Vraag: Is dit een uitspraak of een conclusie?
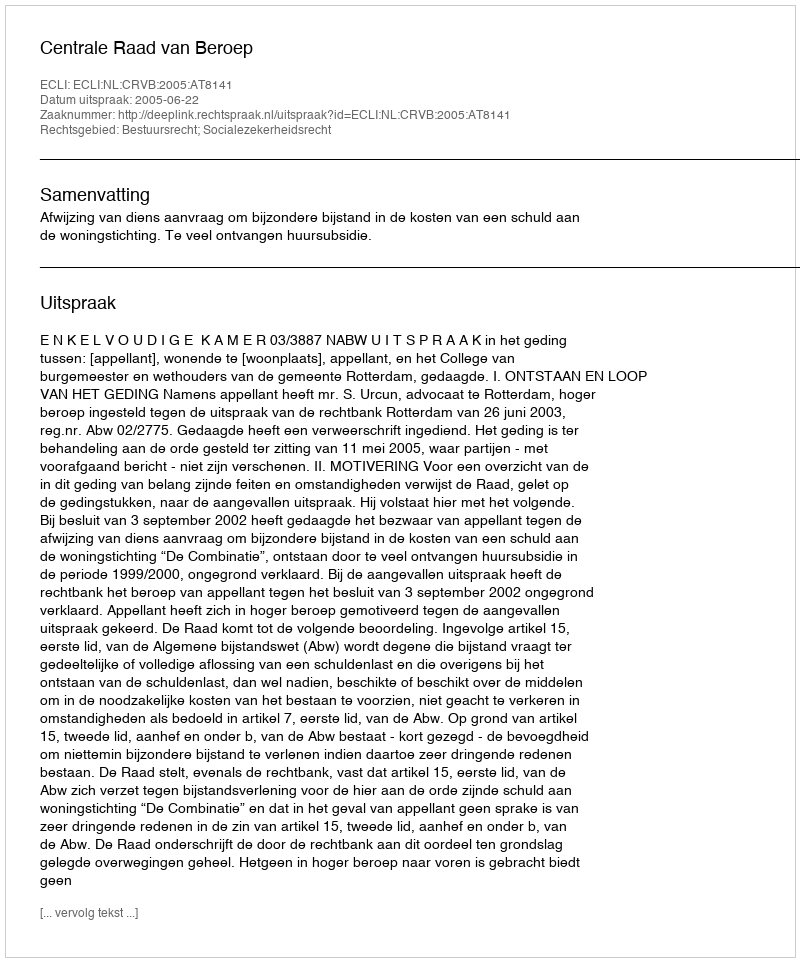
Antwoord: Uitspraak